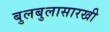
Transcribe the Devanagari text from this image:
बुलबुलासारखी